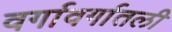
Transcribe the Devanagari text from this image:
वर्गावर्गातली